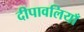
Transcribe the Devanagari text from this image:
दीपावलियाँ